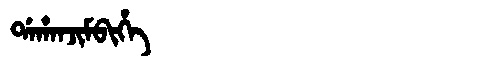
Manchu: ᡩᠠᡥᠠᠨᠵᡳᠮᠪᡳᡥᡝ
Romanization: DAHANJIMBIHE